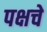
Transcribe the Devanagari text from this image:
पक्षचे